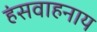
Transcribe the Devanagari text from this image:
हंसवाहनाय